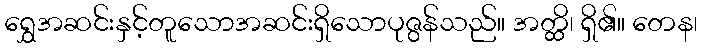
ရွှေအဆင်းနှင့်တူသောအဆင်းရှိသောပုဇွန်သည်။ အတ္ထိ၊ ရှိ၏။ တေန၊